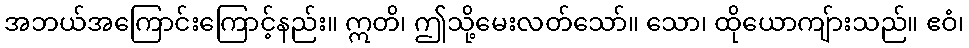
အဘယ်အကြောင်းကြောင့်နည်း။ ဣတိ၊ ဤသို့မေးလတ်သော်။ သော၊ ထိုယောကျ်ားသည်။ ဧဝံ၊